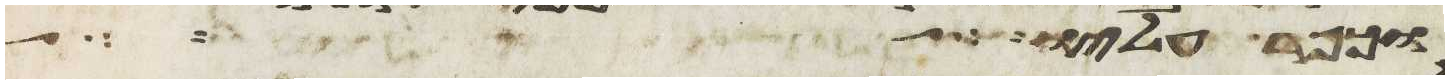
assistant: וכפר עליו